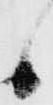
候